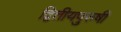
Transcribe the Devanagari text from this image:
द्वितीयपुरुषी